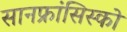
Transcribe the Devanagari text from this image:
सानफ्रांसिस्को